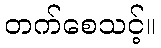
တက်စေသင့်။